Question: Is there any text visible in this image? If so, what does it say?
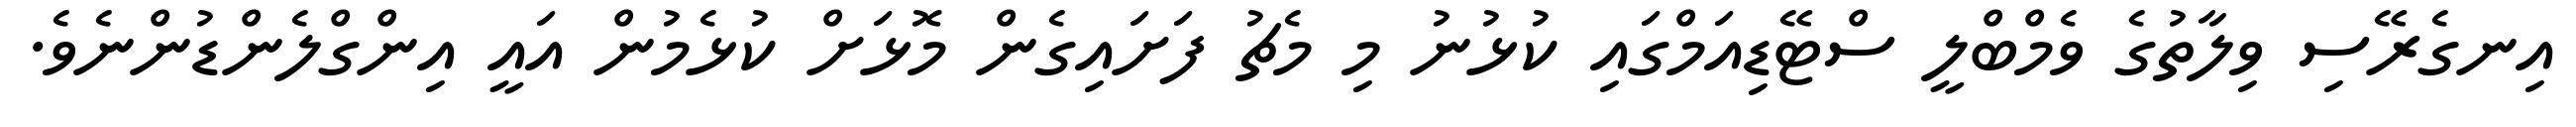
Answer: އިނގެރޭސި ވިލާތުގެ ވެމްބްލީ ސްޓޭޑިއަމްގައި ކުޅުނު މި މެޗު ފަށައިގެން މޮޅަށް ކުޅެމުން އައީ އިންގްލެންޑުންނެވެ.